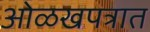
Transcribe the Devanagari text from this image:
ओळखपत्रात